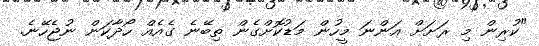
"ކުރިން މި ރަށަށް އަންނަ މީހުން މަޑުކޮށްގެން ތިބޭނެ ގެއެއް ހޯދާކަން ނުޖެހޭނެ.